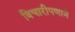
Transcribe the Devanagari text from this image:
विचारीपणाने